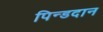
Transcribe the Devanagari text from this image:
पिन्डदान